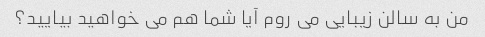
من به سالن زیبایی می روم آیا شما هم می خواهید بیایید؟